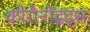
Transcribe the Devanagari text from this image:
कोरोनोइड्स